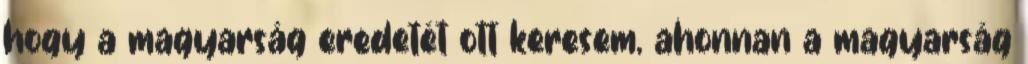
hogy a magyarság eredetét ott keresem, ahonnan a magyarság